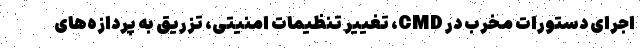
اجرای دستورات مخرب در CMD، تغییر تنظیمات امنیتی، تزریق به پردازه‌های